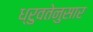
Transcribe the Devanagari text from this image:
ध्रुवतेनुसार